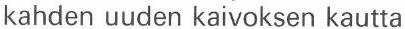
kahden uuden kaivoksen kautta